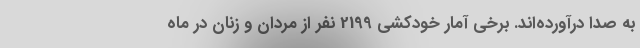
به صدا درآورده‌اند. برخی آمار خودکشی 2199 نفر از مردان و زنان در ماه